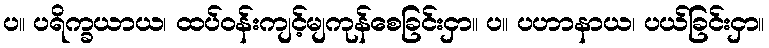
ပ။ ပရိက္ခယာယ၊ ထပ်ဝန်းကျင့်မျကုန်စေခြင်းငှာ။ ပ။ ပဟာနာယ၊ ပယ်ခြင်းငှာ။